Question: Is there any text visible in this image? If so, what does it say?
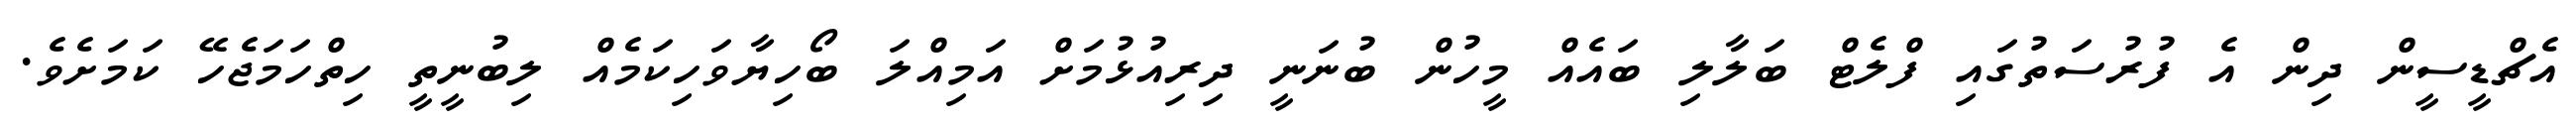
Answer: އެޗްޑީސީން ދިން އެ ފުރުސަތުގައި ފްލެޓް ބަލާލި ބައެއް މީހުން ބުނަނީ ދިރިއުޅުމަށް އަމިއްލަ ބޯހިޔާވަހިކަމެއް ލިބުނީތީ ހިތްހަމަޖެހޭ ކަމަށެވެ.